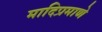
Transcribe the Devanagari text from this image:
मादिप्रमाणे